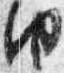
由